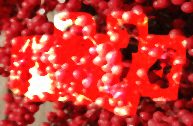
পটাইব